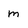
Character: m